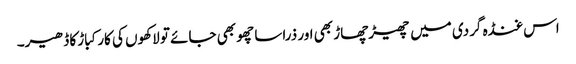
اس غنڈہ گردی میں چھیڑچھاڑ بھی اور ذراسا چھو بھی جائے تو لاکھوں کی کار کباڑ کا ڈھیر۔